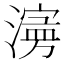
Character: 𱨾